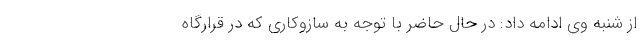
از شنبه وی ادامه داد: در حال حاضر با توجه به سازوکاری که در قرارگاه